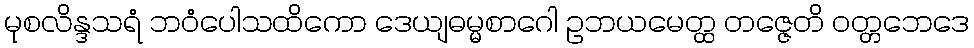
မုစလိန္ဒသရံ ဘဝံပေါသထိကော ဒေယျဓမ္မစာဂေါ ဥဘယမေတ္ထ တဇ္ဇေတိ ဝတ္တဘေဒေ